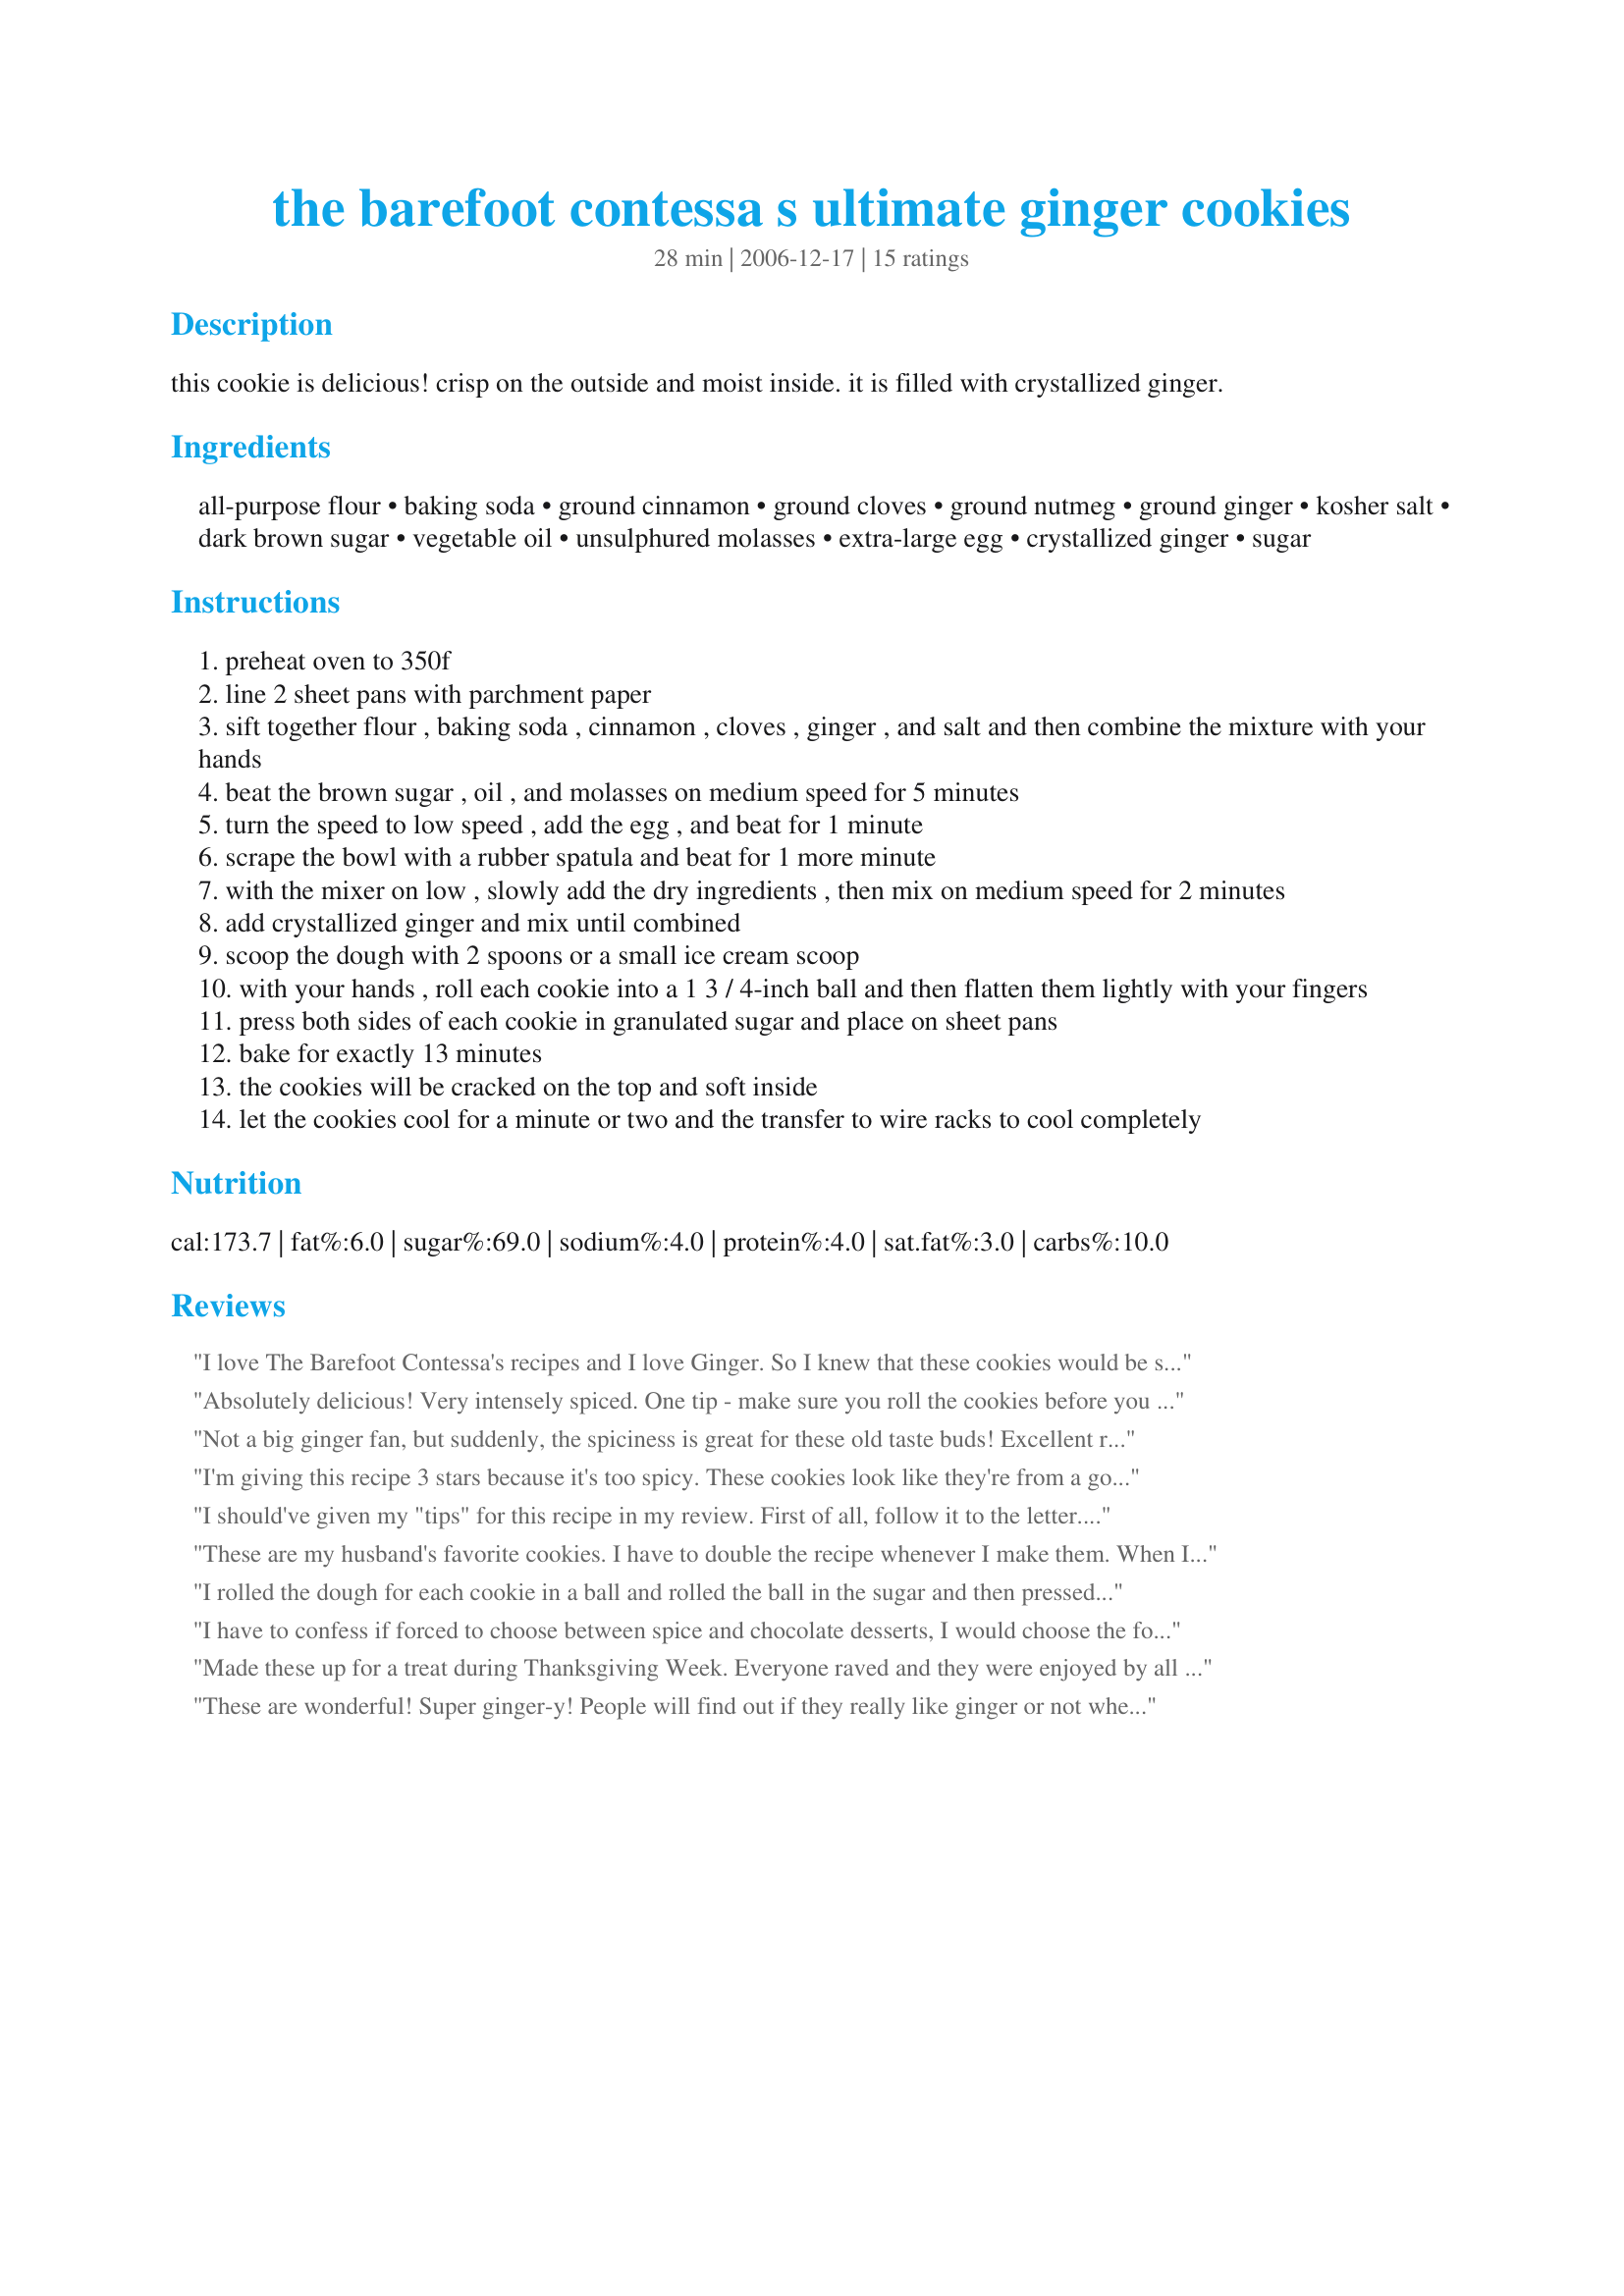
the barefoot contessa s ultimate ginger cookies
Preparation time: 28 minutes

this cookie is delicious! crisp on the outside and moist inside. it is filled with crystallized ginger.

Ingredients:
all-purpose flour, baking soda, ground cinnamon, ground cloves, ground nutmeg, ground ginger, kosher salt, dark brown sugar, vegetable oil, unsulphured molasses, extra-large egg, crystallized ginger, sugar

Steps:
preheat oven to 350f
line 2 sheet pans with parchment paper
sift together flour , baking soda , cinnamon , cloves , ginger , and salt and then combine the mixture with your hands
beat the brown sugar , oil , and molasses on medium speed for 5 minutes
turn the speed to low speed , add the egg , and beat for 1 minute
scrape the bowl with a rubber spatula and beat for 1 more minute
with the mixer on low , slowly add the dry ingredients , then mix on medium speed for 2 minutes
add crystallized ginger and mix until combined
scoop the dough with 2 spoons or a small ice cream scoop
with your hands , roll each cookie into a 1 3 / 4-inch ball and then flatten them lightly with your fingers
press both sides of each cookie in granulated sugar and place on sheet pans
bake for exactly 13 minutes
the cookies will be cracked on the top and soft inside
let the cookies cool for a minute or two and the transfer to wire racks to cool completely

Reviews:
I love The Barefoot Contessa's recipes and I love Ginger. So I knew that these cookies would be special and they were. Crisp, chewy, spicy cookies that had attitude. I was concerned about the amount of candied ginger, not for myself but for my family and friends, but made exactly as written and I wouldn't change a thing. Let me tell you, that everyone who tried them couldn't say enough nice things about the cookies. They all asked for the recipe and went away happy. These were the only cookies that I kept a batch of for myself and dh, were we ever glad that I did. These will be a repeat cookie in my christmas tins and trays from now on. Kudos on an excellent recipe susie cooks.
Absolutely delicious! Very intensely spiced. One tip - make sure you roll the cookies before you bake them to get the
Not a big ginger fan, but suddenly, the spiciness is great for these old taste buds! Excellent recipe and will be using in my cookie exchange!<br/><br/>MMMMMMMMMMMMM
I'm giving this recipe 3 stars because it's too spicy. These cookies look like they're from a gourmet bakery. They're crispy on the outside and chewy on the inside. Next time I'll reduce the cloves to 1/2 or 1 tsp. I'll also reduce the crystalized ginger to 1/2 cup.
I should've given my "tips" for this recipe in my review. First of all, follow it to the letter. The dough is very stiff. When it was all finished, I didn't have very high hopes for a moist cookie, but boy, was I wrong.

Secondly, I keep a shaker full of sugar in my cupboard. I focused a shake on the parchment paper prior to setting down a ball of dough, then pressed the dough down and sprinkled the top.

Thirdly, I am not a molasses expert. Light, dark? I settled on "Grandma's Gold Label", as I'd seen in mentioned in other recipes.

Lastly, the most reasonable resource for crystallized ginger for me turned out to be Super Target. The "Archer Farms" brand pieces required very little (if any) additional chopping, unlike the McCormick brand, and were much more reasonably priced. There aren't any specialty markets near my home, and I wanted to bake these today.
These are my husband's favorite cookies. I have to double the recipe whenever I make them. When I first started making them I found the dough a little sticky to work with but now I dip my fingertips in sugar when pressing them down and it works out fine.
I rolled the dough for each cookie in a ball and rolled the ball in the sugar and then pressed them down. Worked perfectly. My favorite cookie is a ginger cookie and this one is truly the ultimate one. Thanks so much for posting.
I have to confess if forced to choose between spice and chocolate desserts, I would choose the former. Given that, this has been in my cookbook to try for a long time. I am so glad I finally tried it as the cookies were just superb - a giant soft ginger cookie punctuated with bits of crystalyzed ginger. On reading the recipe, I wondered why the liquids needed to be mixed for 5 whole minutes but it turned out to be an important step as the mixing melted the brown suger and turned the mixture into a dark glossy syrup. Thank you susie cooks for a fantastic cookie!
Made these up for a treat during Thanksgiving Week. Everyone raved and they were enjoyed by all but one who was NOT a Ginger fan. These are nice and moist, and the flavor and cheweyness is absolutely fantastic! Thank You for this great recipe.
These are wonderful! Super ginger-y! People will find out if they really like ginger or not when eating these! They were enjoyed by most who tried them, a few thought they were too strong. Must like ginger! I like these over ginger snaps, which are a more crisp cookie.
I have made this cookie MANY times from her cookbook. I have varied on a few things, light vs dark brown sugar, sorghum vs. molassese but following the recipe to a "T" is important, you have to do the 5 min beating and the 1 min of the egg to get the right texture. AND you must not overbake them! The dough is very sticky, I tend to put the dough in the refrigerator and only bake what I'm going to eat/serve. Perfect everytime!
Followed the recipe as shown and ended up with a dry crumbly "cookie" dough. I had to add more oil and some water to get it even close to workable.
Wonderful!
These cookies were nice & chewy! I added a handful of chopped fresh mint.
I absolutely LOVED these cookies!!! Ina's recipes are always right on, easy to follow and ALWAYS taste delicious!!! These are the best around!!!!!
